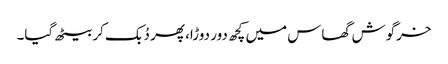
خرگوش گھاس میں کچھ دور دوڑا، پھر دُبک کر بیٹھ گیا۔